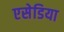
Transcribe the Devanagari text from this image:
एसेडिया